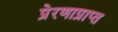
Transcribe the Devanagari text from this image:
प्रेरणाप्राप्त